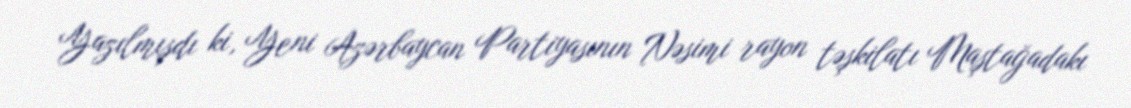
Yazılmışdı ki, Yeni Azərbaycan Partiyasının Nəsimi rayon təşkilatı Maştağadakı